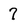
Character: 7